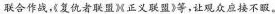
联合作战，复仇者联盟M正义联盟》等，让观众应接不暇。